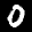
Label: 0